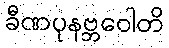
ခီဏပုနဗ္ဘဝေါတိ